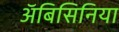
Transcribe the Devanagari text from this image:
अॅबिसिनिया